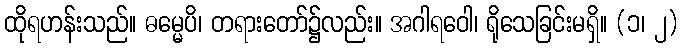
ထိုရဟန်းသည်။ ဓမ္မေပိ၊ တရားတော်၌လည်း။ အဂါရဝေါ၊ ရိုသေခြင်းမရှိ။ (၁၊ ၂)